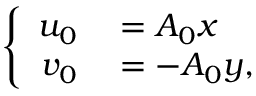
\left\{ \begin{array} { r l } { u _ { 0 } } & { { } = A _ { 0 } x } \\ { v _ { 0 } } & { { } = - A _ { 0 } y , } \end{array} \right.